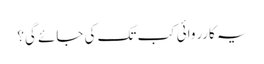
یہ کارروائی کب تک کی جائے گی؟